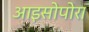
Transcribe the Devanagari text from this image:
आइसोपोरा